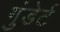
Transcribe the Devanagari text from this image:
गुंडेर्ट